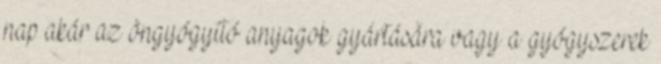
nap akár az öngyógyító anyagok gyártására vagy a gyógyszerek